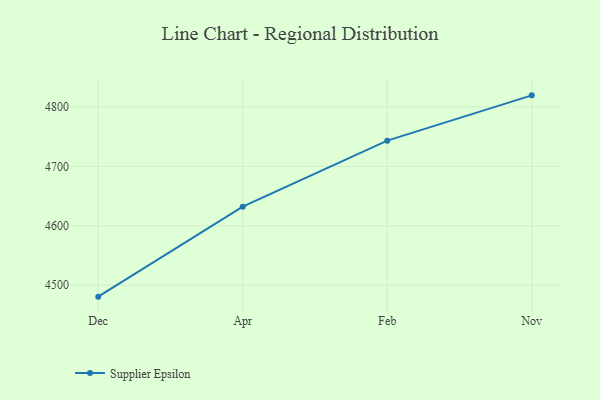
{"axis": {"x": "Month", "y": "LTV (USD)"}, "legend": ["Supplier Epsilon"], "data": [{"x": "Dec", "y": 4480.7, "type": "Supplier Epsilon"}, {"x": "Apr", "y": 4632.3, "type": "Supplier Epsilon"}, {"x": "Feb", "y": 4743.4, "type": "Supplier Epsilon"}, {"x": "Nov", "y": 4819.7, "type": "Supplier Epsilon"}]}